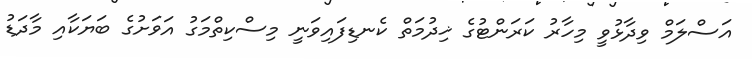
އަސްލަމް ވިދާޅުވީ މިހާރު ކަރަންޓުގެ ޚިދުމަތް ކެނޑިފައިވަނީ މިސްކިތްމަގު އަވަށުގެ ބަޔަކާއި މާދަޑު